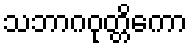
သဘာဂဝုတ္တိကော